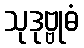
သုဒုဗ္ဗုဓံ